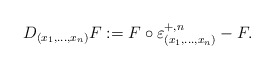
\begin{align*}D_{(x_1,\ldots,x_n)} F:= F\circ \varepsilon_{(x_1,\ldots,x_n)}^{+,n} - F.\end{align*}